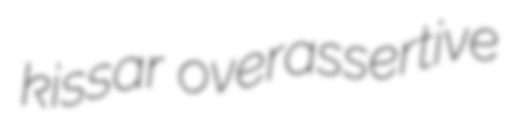
kissar overassertive